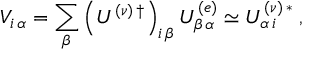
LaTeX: V _ { i \, \alpha } = \sum _ { \beta } \left( U ^ { ( \nu ) \, \dagger } \right) _ { i \, \beta } U _ { \beta \, \alpha } ^ { ( e ) } \simeq U _ { \alpha \, i } ^ { ( \nu ) \, * } \; ,